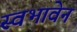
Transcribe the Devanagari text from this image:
स्वभावेन